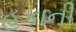
હકાની